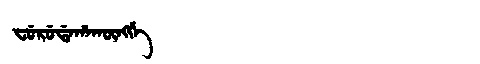
Manchu: ᠸᡠᡵᡠᡩᠠᡥᠠᡴᡡᠩᡤᡝ
Romanization: FURUDAHAKŪNGGE